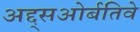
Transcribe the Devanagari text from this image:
अद्द्सओर्बतिवे